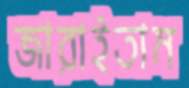
জারাইতাম